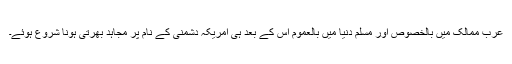
عرب ممالک میں بالخصوص اور مسلم دنیا میں بالعموم اس کے بعد ہی امریکہ دشمنی کے نام پر مجاہد بھرتی ہونا شروع ہوئے۔